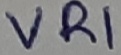
Text: VR1